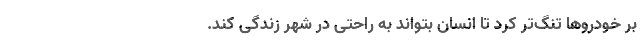
بر خودرو‌ها تنگ‌تر کرد تا انسان بتواند به راحتی در شهر زندگی کند.